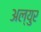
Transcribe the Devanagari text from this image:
अल्युर